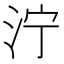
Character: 泞